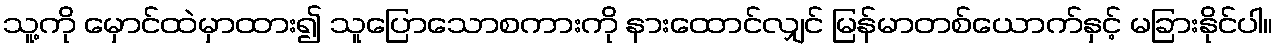
သူ့ကို မှောင်ထဲမှာထား၍ သူပြောသောစကားကို နားထောင်လျှင် မြန်မာတစ်ယောက်နှင့် မခြားနိုင်ပါ။